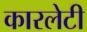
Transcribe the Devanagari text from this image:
कारलेटी